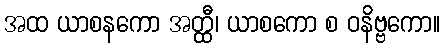
အထ ယာစနကော အတ္ထီ၊ ယာစကော စ ဝနိဗ္ဗကော။